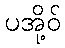
ပအို့ဝ်